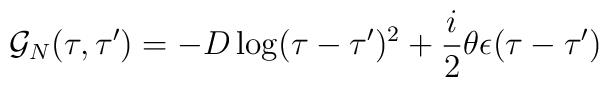
{\cal G}_N(\tau,\tau')=-D \log (\tau -\tau')^2 +\frac i2 \theta\epsilon (\tau -\tau')